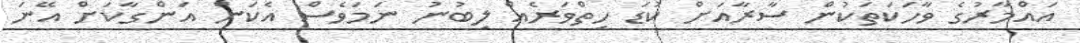
އައްމާރުގެ ވާހަކަތަކުން ސާރާއަށް ކުޑަ ހިތްވަރެއް ލިބުނު ނަމަވެސް އެކަން އަންގާކަށް އޭނަ